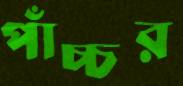
পাঁচ্চর